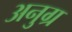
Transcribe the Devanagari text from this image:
अनुग्र